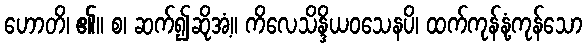
ဟောတိ၊ ၏။ စ၊ ဆက်၍ဆိုအံ့။ ကိလေသိန္ဒိယဝသေနပိ၊ ထက်ကုန်နုံ့ကုန်သော